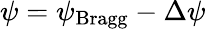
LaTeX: \psi=\psi_{\mathrm{Bragg}}-\Delta\psi